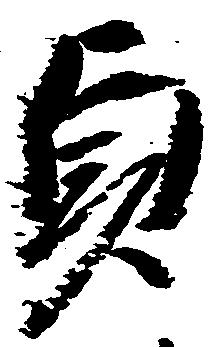
貞